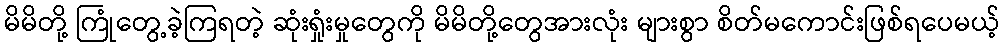
မိမိတို့ ကြုံတွေ့ခဲ့ကြရတဲ့ ဆုံးရှုံးမှုတွေကို မိမိတို့တွေအားလုံး များစွာ စိတ်မကောင်းဖြစ်ရပေမယ့်